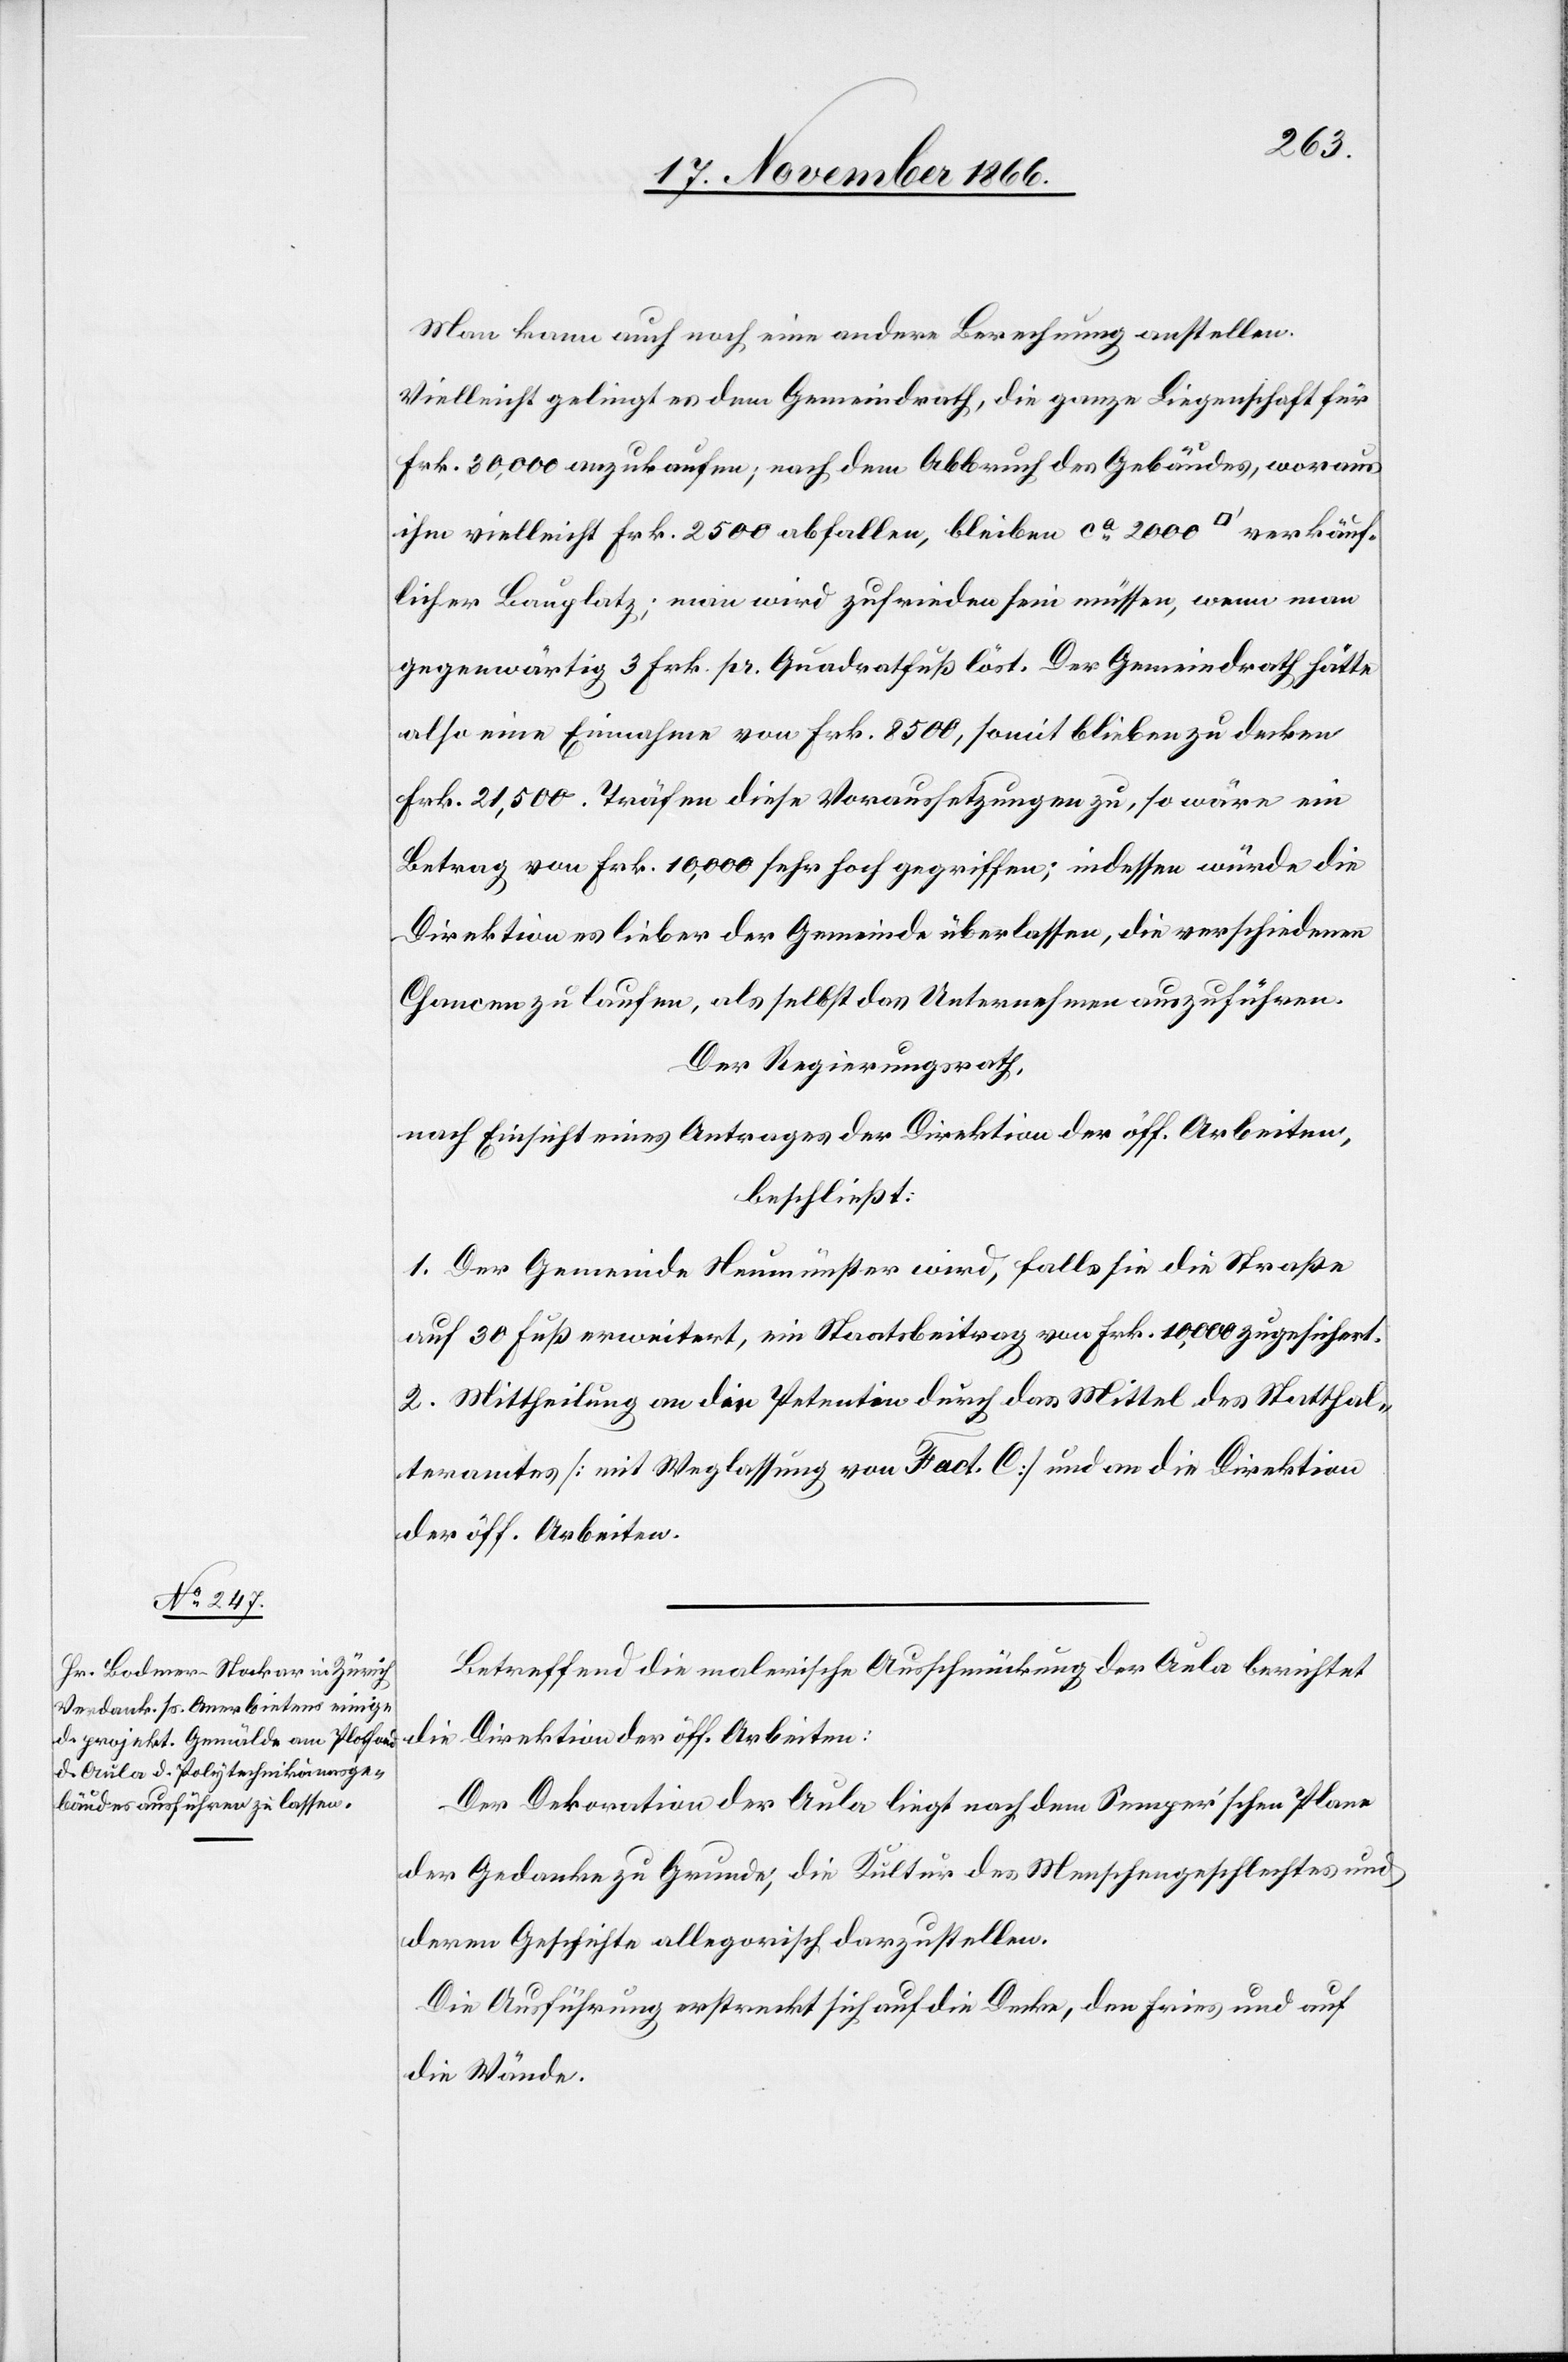
Man kann auch noch eine andere Berechnung anstellen.
Vielleicht gelingt es dem Gemeindrath, die ganze Liegenschaft für
Frk. 30 000 anzukaufen; nach dem Abbruch des Gebäudes, woraus
ihm vielleicht Frk. 2500 abfallen, bleiben ca. 2000 [Quadratfuß] verkäuf¬
licher Bauplatz; man wird zufrieden sein müssen, wenn man
gegenwärtig 3 Frk. pr. Quadratfuß löst. Der Gemeindrath hätte
also eine Einnahme von Frk. 8500, somit blieben zu decken
Frk. 21 500. Träfen diese Voraussetzungen zu, so wäre ein
Betrag von Frk. 10 000 sehr hoch gegriffen; indessen würde die
Direktion es lieber der Gemeinde überlassen, die verschiedenen
Chancen zu laufen, als selbst das Unternehmen auszuführen.
Der Regierungsrath,
nach Einsicht eines Antrages der Direktion der öff. Arbeiten,
beschließt:
1. Der Gemeinde Neumünster wird, falls sie die Straße
auf 30 Fuß erweitert, ein Staatsbeitrag von Frk. 10 000 zugesichert.
2. Mittheilung an die Petentin durch das Mittel des Statthal¬
teramtes [mit Weglassung von Fact. C] und an die Direktion
der öff. Arbeiten.
Betreffend die malerische Ausschmückung der Aula berichtet
die Direktion der öff. Arbeiten:
Der Dekoration der Aula liegt nach dem Semper’schen Plane
der Gedanke zu Grunde, die Kultur des Menschengeschlechtes und
deren Geschichte allegorisch dazustellen.
Die Ausführung erstreckt sich auf die Decke, den Fries und auf
die Wände.